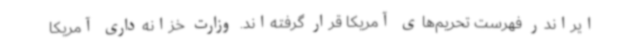
ایراندر فهرست تحریم‌های آمریکا قرار گرفته‌اند. وزارت خزانه‌داری آمریکا